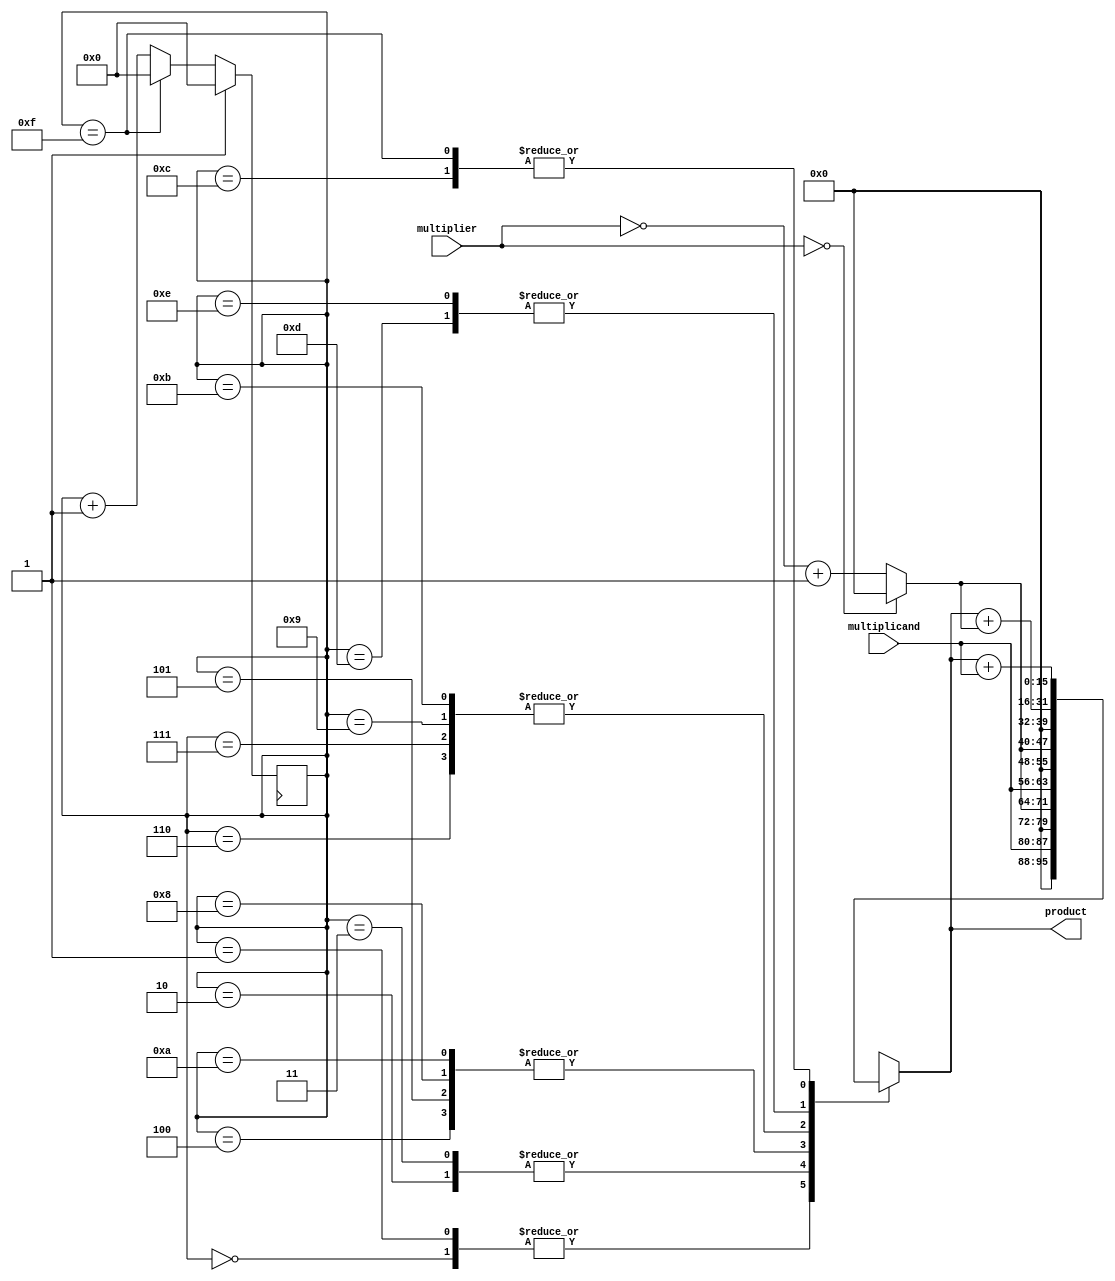
module modified_booth_multiplier (
    input [7:0] multiplicand,
    input [7:0] multiplier,
    output reg [15:0] product
);

reg [7:0] a;
reg [7:0] s;
reg [3:0] counter;

always @(*) begin
    a = multiplicand;
    s = (multiplier == 8'h00) ? 8'h00 : ~multiplier + 8'h01;
end

always @(*) begin
    case (counter)
        4'd0: product = {8'h00, a};
        4'd1: product = {8'h00, a};
        4'd2: product = {8'h00, s};
        4'd3: product = {8'h00, s};
        4'd4: product = {a, 8'h00};
        4'd5: product = {a, 8'h00};
        4'd6: product = {s, 8'h00};
        4'd7: product = {s, 8'h00};
        4'd8: product = {a, 8'h00};
        4'd9: product = {s, 8'h00};
        4'd10: product = {a, 8'h00};
        4'd11: product = {s, 8'h00};
        4'd12: product = product + {8'h00, a};
        4'd13: product = product + {8'h00, s};
        4'd14: product = product + {8'h00, s};
        4'd15: product = product + {8'h00, a};
        default: product = 16'h0000;
    endcase
end

always @(posedge clk) begin
    if (reset)
        counter <= 4'd0;
    else if (counter == 4'd15)
        counter <= 4'd0;
    else
        counter <= counter + 4'd1;
end

endmodule